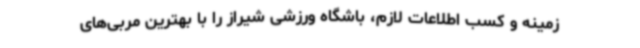
زمینه و کسب اطلاعات لازم، باشگاه ورزشی شیراز را با بهترین مربی‌های